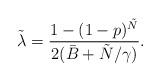
LaTeX: \begin{align*}\tilde{\lambda}=\frac{1-(1-p)^{\tilde{N}}}{2(\bar{B}+\tilde{N}/\gamma)}.\end{align*}